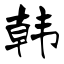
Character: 韩